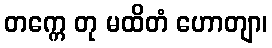
တက္ကေ တု မထိတံ ဟောတျာ၊